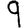
Digit: 9